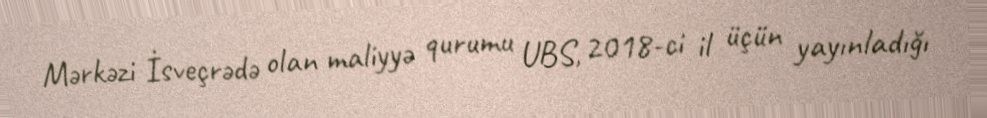
Mərkəzi İsveçrədə olan maliyyə qurumu UBS, 2018-ci il üçün yayınladığı